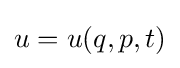
u=u(q,p,t)